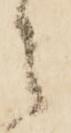
々